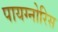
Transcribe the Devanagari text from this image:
पायग्नोरिस